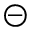
\circleddash